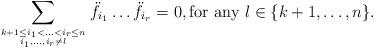
LaTeX: \begin{align*}\sum_{k+1\leq i_1<\ldots<i_r\leq n \atop i_1,\ldots,i_r\not=l}\ddot{f}_{i_1}\ldots\ddot{f}_{i_r}=0, \mbox{for any $l\in\{k+1,\ldots,n\}$}.\end{align*}